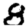
Digit: 8